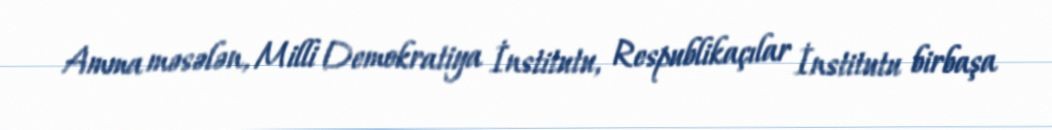
Amma məsələn, Milli Demokratiya İnstitutu, Respublikaçılar İnstitutu birbaşa